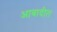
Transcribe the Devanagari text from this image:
आबादीत